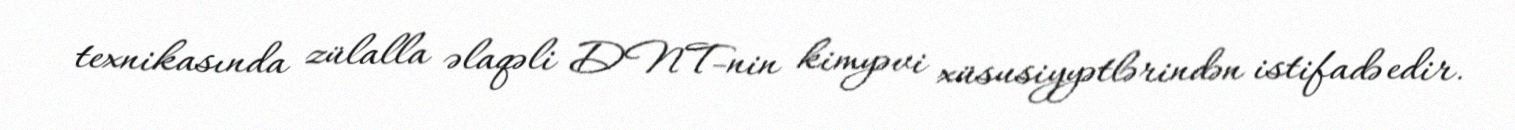
texnikasında zülalla əlaqəli DNT-nin kimyəvi xüsusiyyətlərindən istifadə edir.